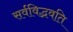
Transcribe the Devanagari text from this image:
सर्वविद्भवति